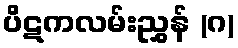
ပိဋကလမ်းညွှန် (ဂ)